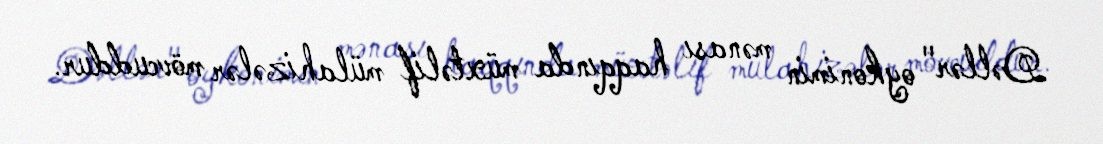
Dəllər" oykonimin mənası haqqında müxtəlif mülahizələr mövcuddur.